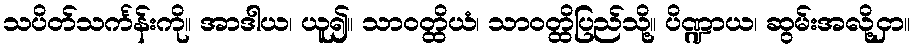
သပိတ်သင်္ကန်းကို။ အာဒါယ၊ ယူ၍။ သာဝတ္ထိယံ၊ သာဝတ္ထိပြည်သို့။ ပိဏ္ဍာယ၊ ဆွမ်းအလို့ငှာ။